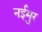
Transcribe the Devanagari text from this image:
नईमुर